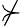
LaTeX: \nsucc